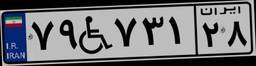
۶۲W۱۲۷۰۴